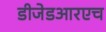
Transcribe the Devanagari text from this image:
डीजेडआरएच